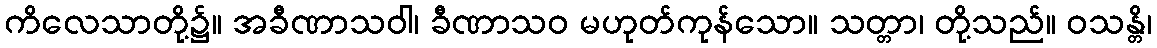
ကိလေသာတို့၌။ အခီဏာသဝါ၊ ခီဏာသဝ မဟုတ်ကုန်သော။ သတ္တာ၊ တို့သည်။ ဝသန္တိ၊